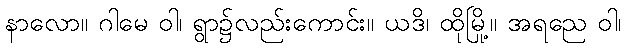
နာလော။ ဂါမေ ဝါ၊ ရွာ၌လည်းကောင်း။ ယဒိ၊ ထိုမြို့။ အရညေ ဝါ၊